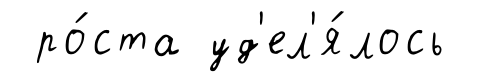
ро́ста уд'ел'я́лось